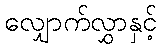
လျှောက်လွှာနှင့်